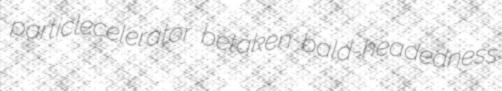
particlecelerator betaken bald-headedness